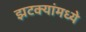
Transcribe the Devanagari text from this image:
झटक्यांमध्ये